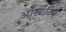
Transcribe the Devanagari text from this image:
आस्टेटिन